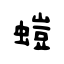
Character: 螘